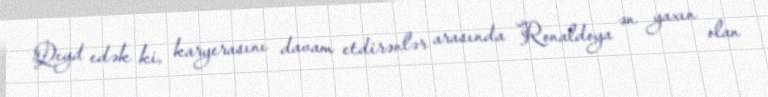
Qeyd edək ki, karyerasını davam etdirənlər arasında Ronaldoya ən yaxın olan